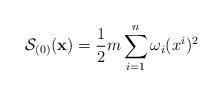
LaTeX: \begin{align*}\mathcal{S}_{(0)}(\mathbf{x}) = \frac{1}{2} m \sum_{i=1}^n \omega_i(x^i)^2\end{align*}